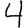
Digit: 4